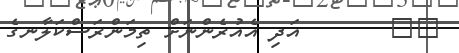
٤٥       އަދި އެއުރެންނަށް ތިމަންރަސްކަލާނގެ